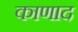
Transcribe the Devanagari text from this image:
काणाद